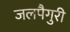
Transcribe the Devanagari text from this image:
जलपैगुरी